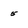
Character: 5